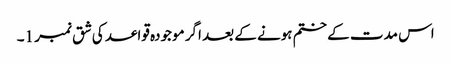
اس مدت کے ختم ہونے کے بعد اگر موجودہ قواعد کی شق نمبر 1۔